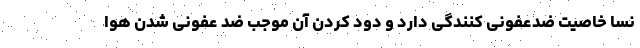
نسا خاصیت ضدعفونی کنندگی دارد و دود کردن آن موجب ضد عفونی شدن هوا